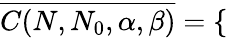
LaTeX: \overline{{C(N,N_{0},\alpha,\beta)}}=\left\{ \begin{array}{rl}\end{array}\right.